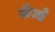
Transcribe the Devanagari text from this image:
कॅम्बे